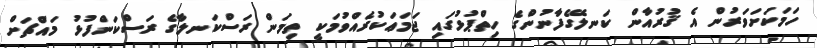
ހަމަކަށަވަރުން އެ ޤުރުއާން ކަނލޭގެފާނުންގެ ހިތްޕުޅުގައި ޖަމަޢަކުރެއްވުމަކީ ތިމަން ރަސްކަނލާގެ ރަސްކަންފުޅު މައްޗަށް